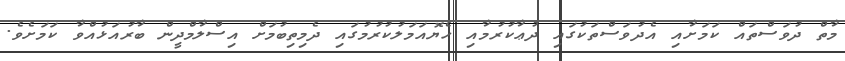
މާތް ދުވަސްތައް ކަމަށާއި އެދުވަސްތަކުގައި ދުޢާކުރުމާއި ހެޔޮއަމަލުކުރުމުގައި ދެމިތިބުމަށް އިސްލާމްދީން ބާރުއަޅުއްވާ ކަމަށެވެ.